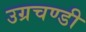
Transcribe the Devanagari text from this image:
उग्रचण्डी